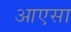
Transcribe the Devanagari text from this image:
आएसा